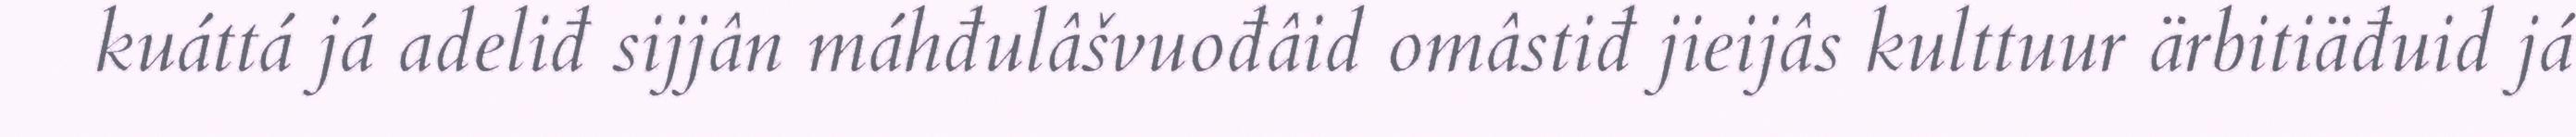
kuáttá já adeliđ sijjân máhđulâšvuođâid omâstiđ jieijâs kulttuur ärbitiäđuid já